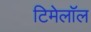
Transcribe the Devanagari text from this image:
टिमेलॉल